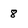
Character: 8